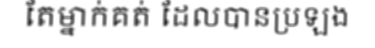
តែម្នាក់គត់ ដែលបានប្រឡង